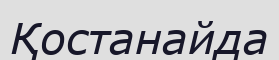
Қостанайда